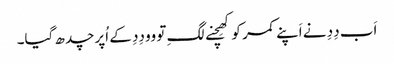
اَب دِدِ نے اَپنے کمر کو کھِچنے لگِ تو وو دِدِ کے اُپر چدھ گیا۔